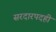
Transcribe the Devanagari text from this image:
सरदारपदही